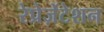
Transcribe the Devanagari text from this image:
रेप्रेज़ेंटेशन